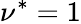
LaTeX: \nu^{*}=1